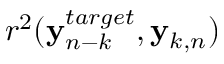
r ^ { 2 } ( { \bf y } _ { n - k } ^ { t a r g e t } , { \bf y } _ { k , n } )